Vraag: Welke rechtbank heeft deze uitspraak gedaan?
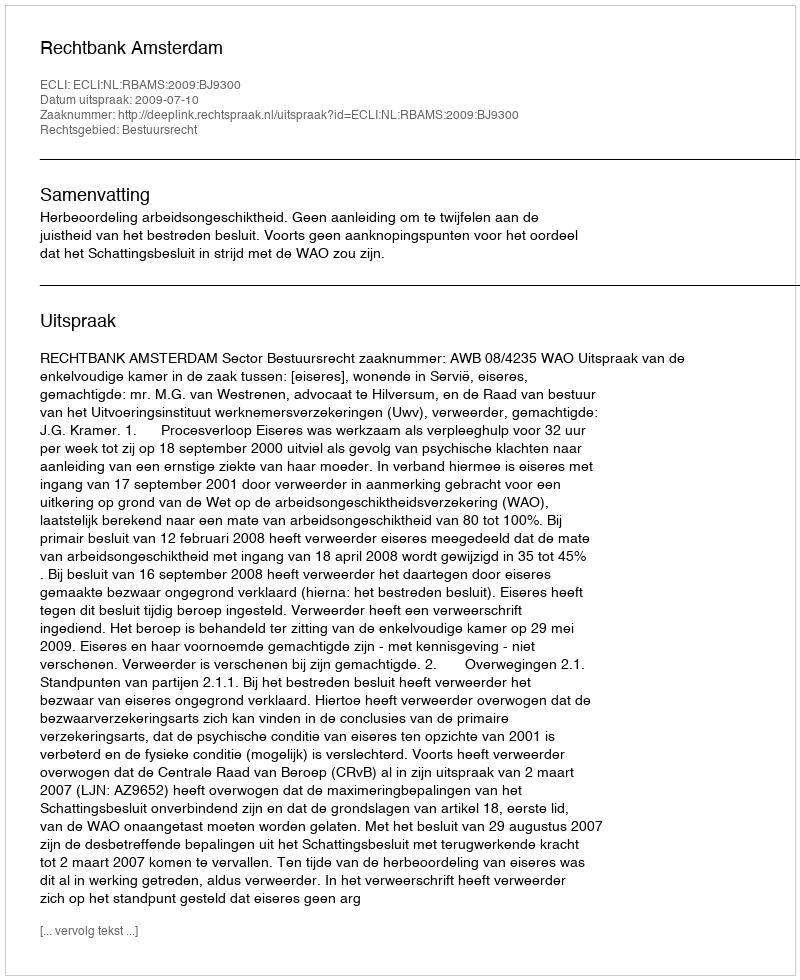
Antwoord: Rechtbank Amsterdam